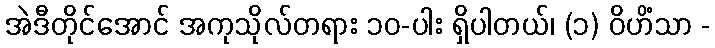
အဲဒီတိုင်အောင် အကုသိုလ်တရား ၁၀-ပါး ရှိပါတယ်၊ (၁) ဝိဟိံသာ -